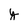
Character: y